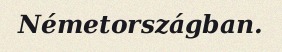
Németországban.